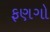
ફણગો